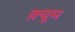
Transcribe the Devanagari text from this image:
क़्यूम